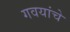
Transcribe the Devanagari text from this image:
गवयांचे